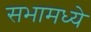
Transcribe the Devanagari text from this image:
सभामध्ये